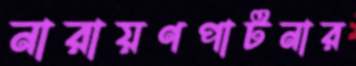
নারায়ণপাটনার